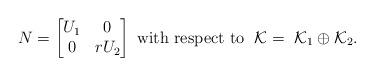
\begin{align*} N=\begin{bmatrix} U_1 & 0 \\ 0 & rU_2 \\ \end{bmatrix} \mbox{ with respect to } \; \mathcal K =\ \mathcal K_1 \oplus \mathcal K_2 . \end{align*}